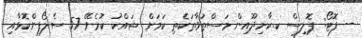
-- ފޮޓޯ: ޕޮލިސް ކ.ކާށިދޫއިން މަސްތުވާތަކެތި ކަމަށް ޝައްކު ކުރެވޭ 57 ސެލޯފިންކޮޅާއި